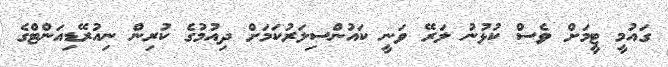
ގައުމީ ޓީމަށް ވެސް ކުޅުނު ލަރޭ ވަނީ ކައުންސިލަރުކަމަށް ދިއުމުގެ ކުރިން ނިއުރޭޑިއަންޓްގެ